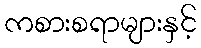
ကစားစရာများနှင့်